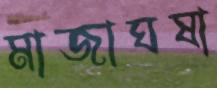
মাজাঘষা